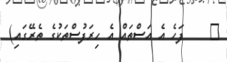
٥    ފަހެ އެ އަސްތައް އެ ހިރަފުސްތަކުގެ ތެރޭގައި)